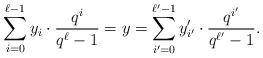
LaTeX: \begin{align*}\sum_{i=0}^{\ell-1} y_i \cdot \frac{q^i}{q^\ell-1} = y = \sum_{i'=0}^{\ell'-1}y_{i'}'\cdot \frac{q^{i'}}{q^{\ell'}-1}.\end{align*}